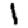
Digit: 1